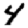
Digit: 4